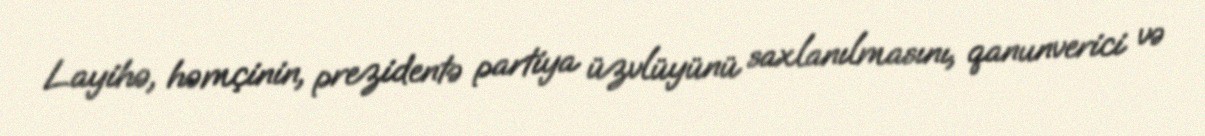
Layihə, həmçinin, prezidentə partiya üzvlüyünü saxlanılmasını, qanunverici və